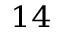
^ { 1 4 }